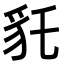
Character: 𧲢